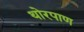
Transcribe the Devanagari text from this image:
थोरपाण